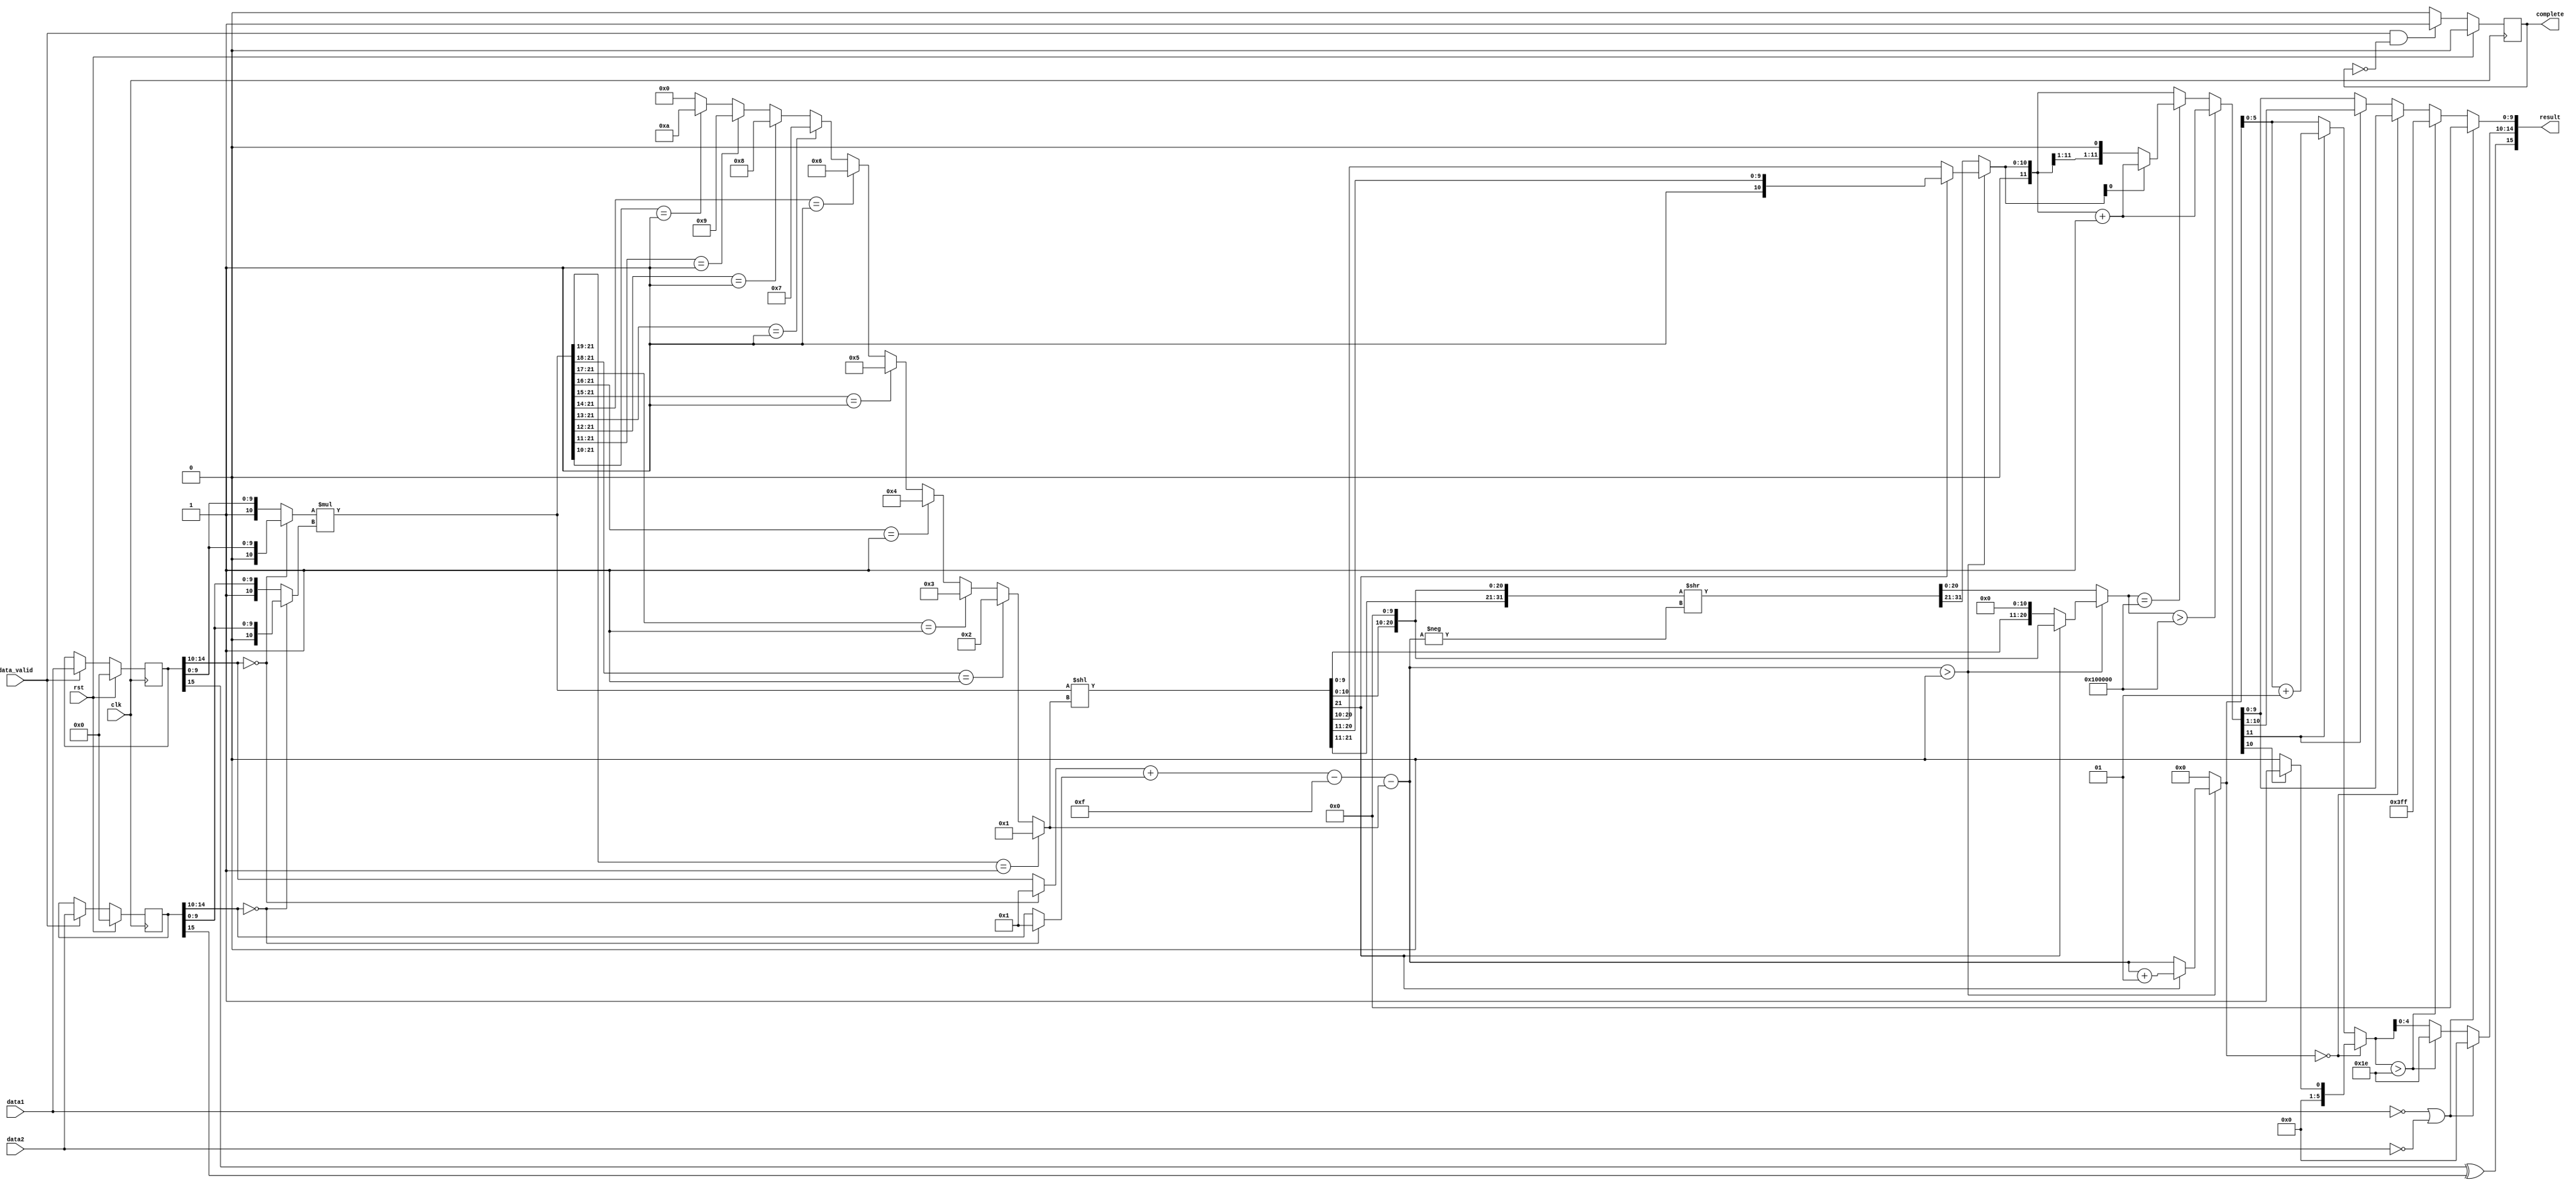
`timescale 1ps/1ps

//only logic circuit
module mult_float16(data1,data2,data_valid,clk,rst,result,complete);

input wire [15:0]data1,data2;
input wire data_valid;
input wire clk;
input wire rst;

output wire [15:0]result;
output reg complete;

wire data1_signal,data2_signal;
wire [4:0]data1_exp,data2_exp;
wire [9:0]data1_mantissa,data2_mantissa;

wire result_signal;

reg [10:0]data1_fraction,data2_fraction;
reg [4:0]data1_exponent,data2_exponent;

wire signed [6:0]exponent;
wire [21:0]fraction;

reg [3:0]shift_number;

wire signed [6:0]exponent_shift;
wire [31:0]fraction_shift;

reg signed [6:0]exponent_normalization;
reg [31:0]fraction_nomalization;
reg [11:0]retrain_fraction;
reg [20:0]trunction_fraction;

reg [11:0]fraction_roundoff_first;

reg [9:0]fraction_roundoff_second;
reg [5:0]exponent_roundoff;

reg [4:0]result_exponent;
reg [9:0]result_mantissa;

reg [15:0]data1_temp,data2_temp;    

always @(posedge clk)
begin
    if(rst)
    begin
        data1_temp <= 'd0;
        data2_temp <= 'd0;
    end
    else 
    begin
        if(data_valid)
        begin
            data1_temp <= data1;
            data2_temp <= data2;
        end
    end
end

always @(posedge clk)
begin
    if(rst)
    begin
        complete <= 'd0;
    end
    else
    begin
        if(data_valid&&!complete)
        begin
            complete <= 1'b1;
        end
        else
        begin
            complete <= 1'd0;
        end
    end
end

assign data1_signal = data1_temp[15];
assign data1_exp = data1_temp[14:10];
assign data1_mantissa = data1_temp[9:0];

assign data2_signal = data2_temp[15];
assign data2_exp = data2_temp[14:10];
assign data2_mantissa = data2_temp[9:0];

assign result_signal = data1_temp[15]^data2_temp[15];

always @(*)
begin
    if(data1_exp == 5'b00000)
    begin
        data1_exponent = 5'b00001;
        data1_fraction = {1'b0,data1_mantissa};
    end
    else
    begin
        data1_exponent = data1_exp;
        data1_fraction = {1'b1,data1_mantissa};
    end
end

always @(*)
begin
    if(data2_exp == 5'b00000)
    begin
        data2_exponent = 5'b00001;
        data2_fraction = {1'b0,data2_mantissa};
    end
    else
    begin
        data2_exponent = data2_exp;
        data2_fraction = {1'b1,data2_mantissa};
    end
end

assign fraction = data1_fraction*data2_fraction;
assign exponent = data1_exponent+data2_exponent-15;

always @(*)
begin
    if(fraction[21:19] == 3'b001)
        shift_number = 1;
    else if(fraction[21:18] == 4'b0001)
        shift_number = 2;
    else if(fraction[21:17] == 5'b00001)
        shift_number = 3;
    else if(fraction[21:16] == 6'b000001)
        shift_number = 4;
    else if(fraction[21:15] == 7'b0000001)
        shift_number = 5;
    else if(fraction[21:14] == 8'b00000001)
        shift_number = 6;
    else if(fraction[21:13] == 9'b000000001)
        shift_number = 7;
    else if(fraction[21:12] == 10'b0000000001)
        shift_number = 8;
    else if(fraction[21:11] == 11'b00000000001)
        shift_number = 9;
    else if(fraction[21:10] == 12'b000000000001)
        shift_number = 10;
    else
        shift_number = 0;
end

assign exponent_shift = exponent-shift_number;
assign fraction_shift = {fraction<<shift_number,10'b0000000000};

always @(*)
begin
    if(exponent_shift>0)
    begin
        if(fraction_shift[31] == 1'b1)
        begin
            exponent_normalization = exponent_shift + 1;
            fraction_nomalization = fraction_shift;
            retrain_fraction = {1'b0,fraction_nomalization[31:21]};
            trunction_fraction = fraction_nomalization[20:0];
        end
        else
        begin
            exponent_normalization = exponent_shift;
            fraction_nomalization = fraction_shift;
            retrain_fraction = fraction_nomalization[31:20];
            trunction_fraction = {fraction_nomalization[19:0],1'b0};
        end
    end
    else
    begin
        fraction_nomalization = fraction_shift >> (-exponent_shift);
        exponent_normalization = 'd0;
        retrain_fraction = {1'b0,fraction_nomalization[31:21]};
        trunction_fraction = fraction_nomalization[20:0];
    end
end

always @(*)
begin
    if(trunction_fraction>21'b100000000000000000000)
        fraction_roundoff_first = retrain_fraction + 1;
    else if(trunction_fraction == 21'b100000000000000000000)
    begin
        if(retrain_fraction[0] == 1'b1)
            fraction_roundoff_first = retrain_fraction + 1;
        else
            fraction_roundoff_first = retrain_fraction;
    end
    else
        fraction_roundoff_first = retrain_fraction;
end

always@(*)
begin
    if(exponent_normalization == 'd0)
    begin
        if(fraction_roundoff_first[10] == 1'b1)
        begin
            exponent_roundoff = 5'b00001;
            fraction_roundoff_second = fraction_roundoff_first[9:0];
        end
        else
        begin
            exponent_roundoff = 5'b00000;
            fraction_roundoff_second = fraction_roundoff_first[9:0];
        end  
    end
    else
    begin
        if(fraction_roundoff_first[11] == 1'b1)
        begin
            exponent_roundoff = exponent_normalization + 1;
            fraction_roundoff_second = fraction_roundoff_first[10:1];
        end
        else
        begin
            exponent_roundoff = exponent_normalization;
            fraction_roundoff_second = fraction_roundoff_first[9:0];
        end
    end
end

always @(*)
begin
    if(data1 == 16'b0000_0000_0000_0000||data2 == 16'b0000_0000_0000_0000)
    begin
        result_exponent = 5'b00000;
        result_mantissa = 10'b0000000000;
    end
    else
    begin
        if(exponent_roundoff > 5'b11110)
        begin
            result_exponent = 5'b11110;
            result_mantissa = 10'b1111111111;
        end
        else
        begin
            result_exponent = exponent_roundoff;
            result_mantissa = fraction_roundoff_second;
        end
    end
end

assign result = {result_signal,result_exponent,result_mantissa};

endmodule